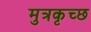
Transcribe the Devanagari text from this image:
मुत्रकृच्छ